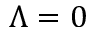
\Lambda = 0